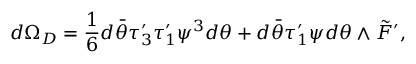
d \Omega _ { D } = \frac { 1 } { 6 } d \bar { \theta } \tau _ { 3 } ^ { \prime } \tau _ { 1 } ^ { \prime } \psi ^ { 3 } d \theta + d \bar { \theta } \tau _ { 1 } ^ { \prime } \psi d \theta \wedge \tilde { \cal F } ^ { \prime } ,